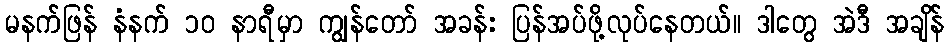
မနက်ဖြန် နံနက် ၁၀ နာရီမှာ ကျွန်တော် အခန်း ပြန်အပ်ဖို့လုပ်နေတယ်။ ဒါတွေ အဲဒီ အချိန်